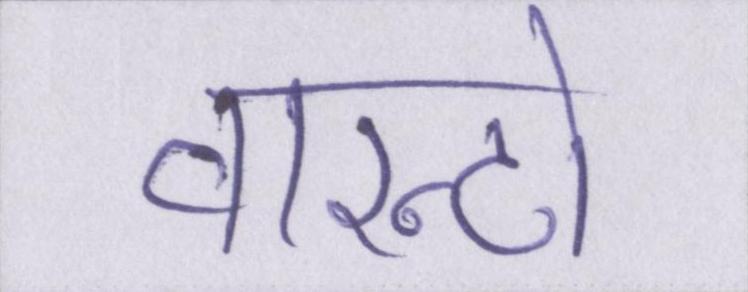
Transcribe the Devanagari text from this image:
वारन्टो